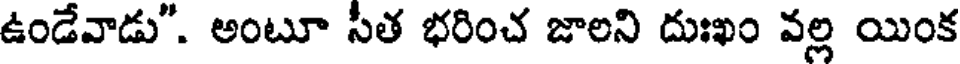
ఉండేవాడు". అంటూ సీత భరించ జాలని దుఃఖం వల్ల యింక